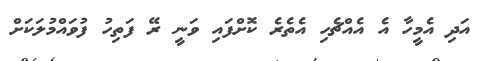
އަދި އެމީހާ އެ އެއްޗެހި އެތެރެ ކޮށްފައި ވަނީ ރޭ ފަތިހު ފުވައްމުލަކަށް